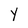
Character: Y